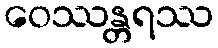
ဝေဿန္တရဿ